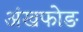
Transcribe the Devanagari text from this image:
अंखफोङ